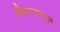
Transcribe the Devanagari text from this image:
चित्रपतटातुन